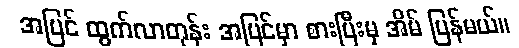
အပြင် ထွက်လာတုန်း အပြင်မှာ စားပြီးမှ အိမ် ပြန်မယ်။